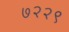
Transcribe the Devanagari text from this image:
७२२९